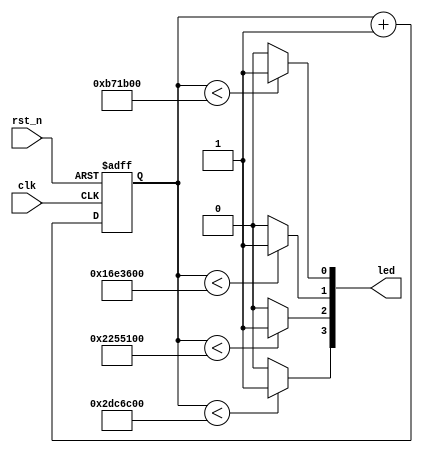
/*--------------------------------------------------------------------------------------------------- 	
*- File name: 			LED_sequence.v
*- Top Module name: 	LED_sequence
  - Submodules:		N/A
*- Description:			Experiment with counters
*- 
*- Example of Usage:
	You can implement this code on all variants of STEPFPGA family boards. 
	If you want to implement this code on board and observe the logic behaviors: 
		- assign clk to PCLK (12MHz) on-board clock
		- assign rst_n to any push-buttons on-board
		- assign led[3] ... led[0] to 4 on-board LEDs

*- Copyright of this code: MIT License
--------------------------------------------------------------------------------------------------- */

module LED_sequence   (
    input       clk,             
    input       rst_n,           
    output      [3:0] led
) ; 

reg [25: 0] cnt;                 
parameter t_1s = 12_000_000,     
          t_2s = 24_000_000,     
          t_3s = 36_000_000,     
          t_4s = 48_000_000;     
           
always @  (posedge clk or negedge rst_n)  begin   
    if  (!rst_n)  
        cnt <= 0;               
    else
        cnt <= cnt + 1'b1;      
end

assign led[0] =  (cnt < t_1s)  ? 1 : 0;        // Conditional assignment
assign led[1] =  (cnt < t_2s)  ? 1 : 0;        // If (true), assign to 1; otherwise assign to 0
assign led[2] =  (cnt < t_3s)  ? 1 : 0;         
assign led[3] =  (cnt < t_4s)  ? 1 : 0;       

endmodule